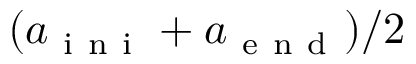
( a _ { \mathrm { ~ i ~ n ~ i ~ } } + a _ { \mathrm { ~ e ~ n ~ d ~ } } ) / 2